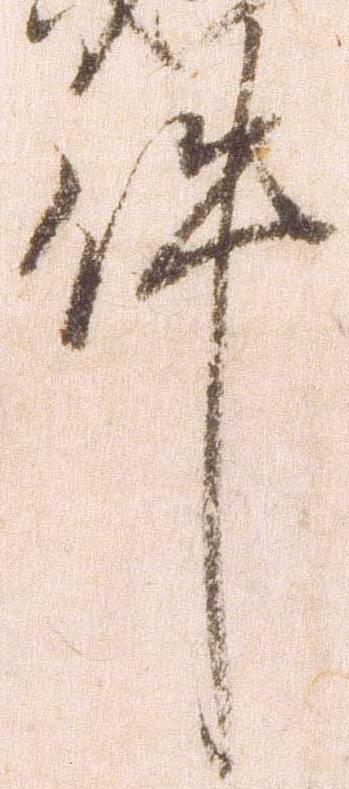
件